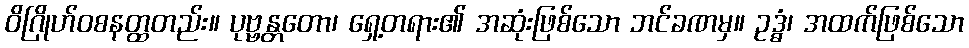
ဝိဂြိုဟ်ဝစနတ္ထတည်း။ ပုဗ္ဗန္တတော၊ ရှေ့တရား၏ အဆုံးဖြစ်သော ဘင်ခဏမှ။ ဥဒ္ဓံ၊ အထက်ဖြစ်သော